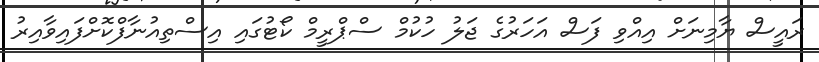
ރައީސް ޔާމިނަށް އިއްވި ފަސް އަހަރުގެ ޖަލު ހުކުމް ސްޕްރީމް ކޯޓުގައި އިސްތިއުނާފްކޮށްފައިވާއިރު